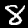
Digit: 8